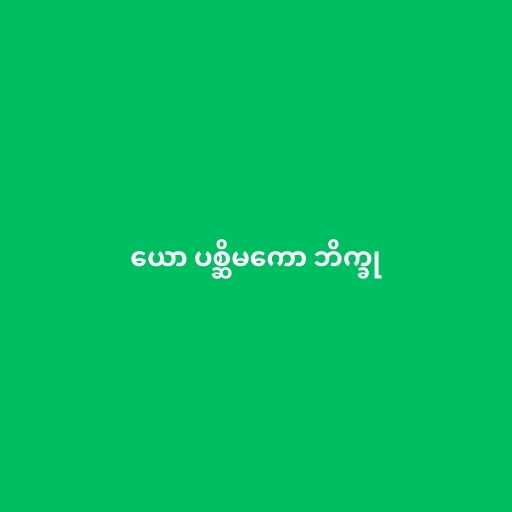
ယော ပစ္ဆိမကော ဘိက္ခု